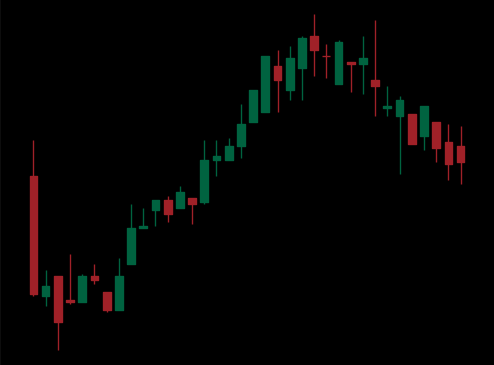
Pattern: bear_flag